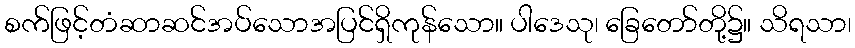
စက်ဖြင့်တံဆာဆင်အပ်သောအပြင်ရှိကုန်သော။ ပါဒေသု၊ ခြေတော်တို့၌။ သိရသာ၊